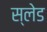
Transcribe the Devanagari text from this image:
स्‍लेड